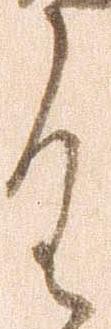
具